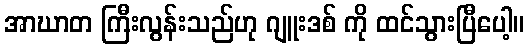
အာဃာတ ကြီးလွန်းသည်ဟု ဂျူးဒစ် ကို ထင်သွားပြီပေါ့။